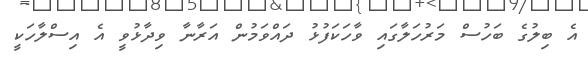
އެ ބިލުގެ ބަހުސް މަރުހަލާގައި ވާހަކަފުޅު ދައްވަމުން އަރާނާ ވިދާޅުވީ އެ އިސްލާހަކީ